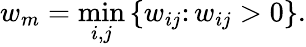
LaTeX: w_{m}=\operatorname*{min}_{i,j}\, \{ w_{ij}\colon w_{ij}>0\} .